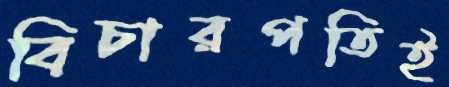
বিচারপতিই